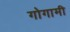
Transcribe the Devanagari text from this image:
गोगामी